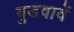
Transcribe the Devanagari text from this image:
बुडवावें